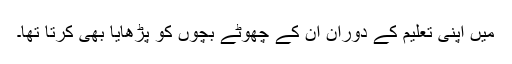
میں اپنی تعلیم کے دوران ان کے چھوٹے بچوں کو پڑھایا بھی کرتا تھا۔